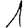
Digit: 1